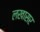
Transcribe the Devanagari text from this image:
लखासर